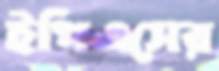
ইপিএসের